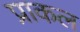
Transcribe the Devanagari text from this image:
प्राकल